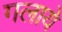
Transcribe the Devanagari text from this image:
गलाये